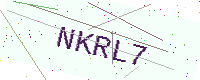
Text: NKRL7